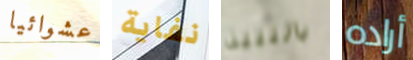
عشوائيا نفاية بالنبيذ أراده